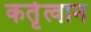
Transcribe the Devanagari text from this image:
कर्तृत्वान